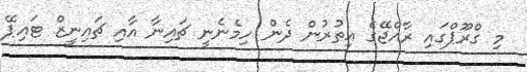
މި ގްރޫޕްގައި ރާއްޖޭގެ އިތުރުން ދެން ހިމެނެނީ ޗައިނާ އާއި ޗައިނީޒް ޓައިޕޭ